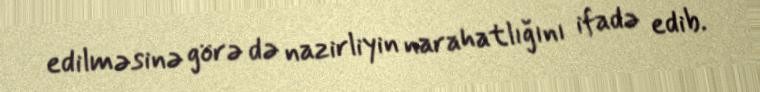
edilməsinə görə də nazirliyin narahatlığını ifadə edib.